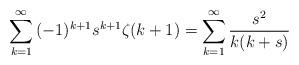
LaTeX: \begin{align*}\sum_{k=1}^{\infty}{(-1)^{k+1}s^{k+1}\zeta(k+1)}=\sum_{k=1}^{\infty}{\frac{s^2}{k(k+s)}} \end{align*}